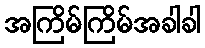
အကြိမ်ကြိမ်အခါခါ